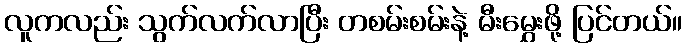
လူကလည်း သွက်လက်လာပြီး တစမ်းစမ်းနဲ့ မီးမွှေးဖို့ ပြင်တယ်။